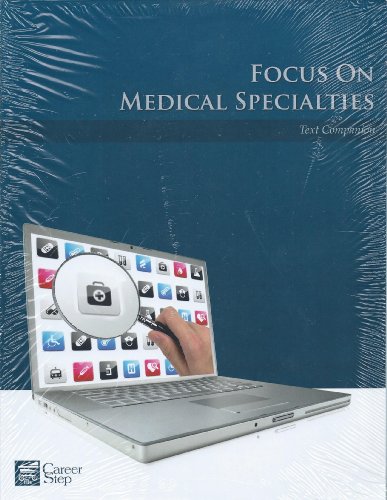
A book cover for Focus On Medical Specialties (Career Step: Medical Transcription Editor Program Companion); Medical Books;